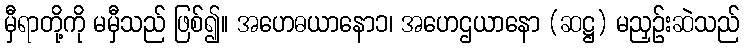
မှီရာတို့ကို မမှီသည် ဖြစ်၍။ အဟေဓယာနော၁၊ အဟေဌယာနော (ဆဋ္ဌ) မညှဉ်းဆဲသည်